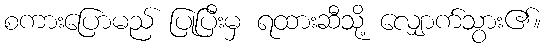
စကားပြောမည် ပြုပြီးမှ ရထားဆီသို့ လျှောက်သွား၏။